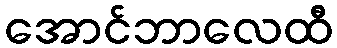
အောင်ဘာလေထီ